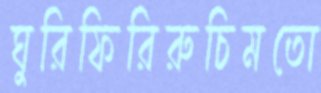
ঘুরিফিরিরুচিমতো